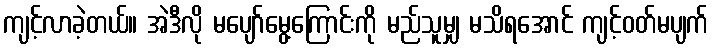
ကျင့်လာခဲ့တယ်။ အဲဒီလို မပျော်မွေ့ကြောင်းကို မည်သူမျှ မသိရအောင် ကျင့်ဝတ်မပျက်